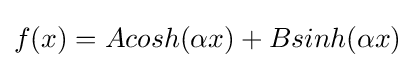
f(x)=Acosh(\alpha x)+Bsinh(\alpha x)